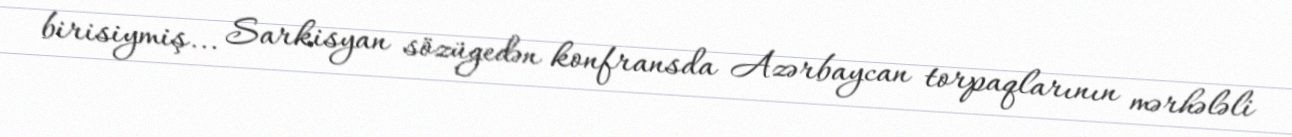
birisiymiş... Sarkisyan sözügedən konfransda Azərbaycan torpaqlarının mərhələli